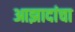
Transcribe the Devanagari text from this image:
आझादांचा